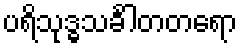
ပရိသုဒ္ဓသင်္ခါတတရော